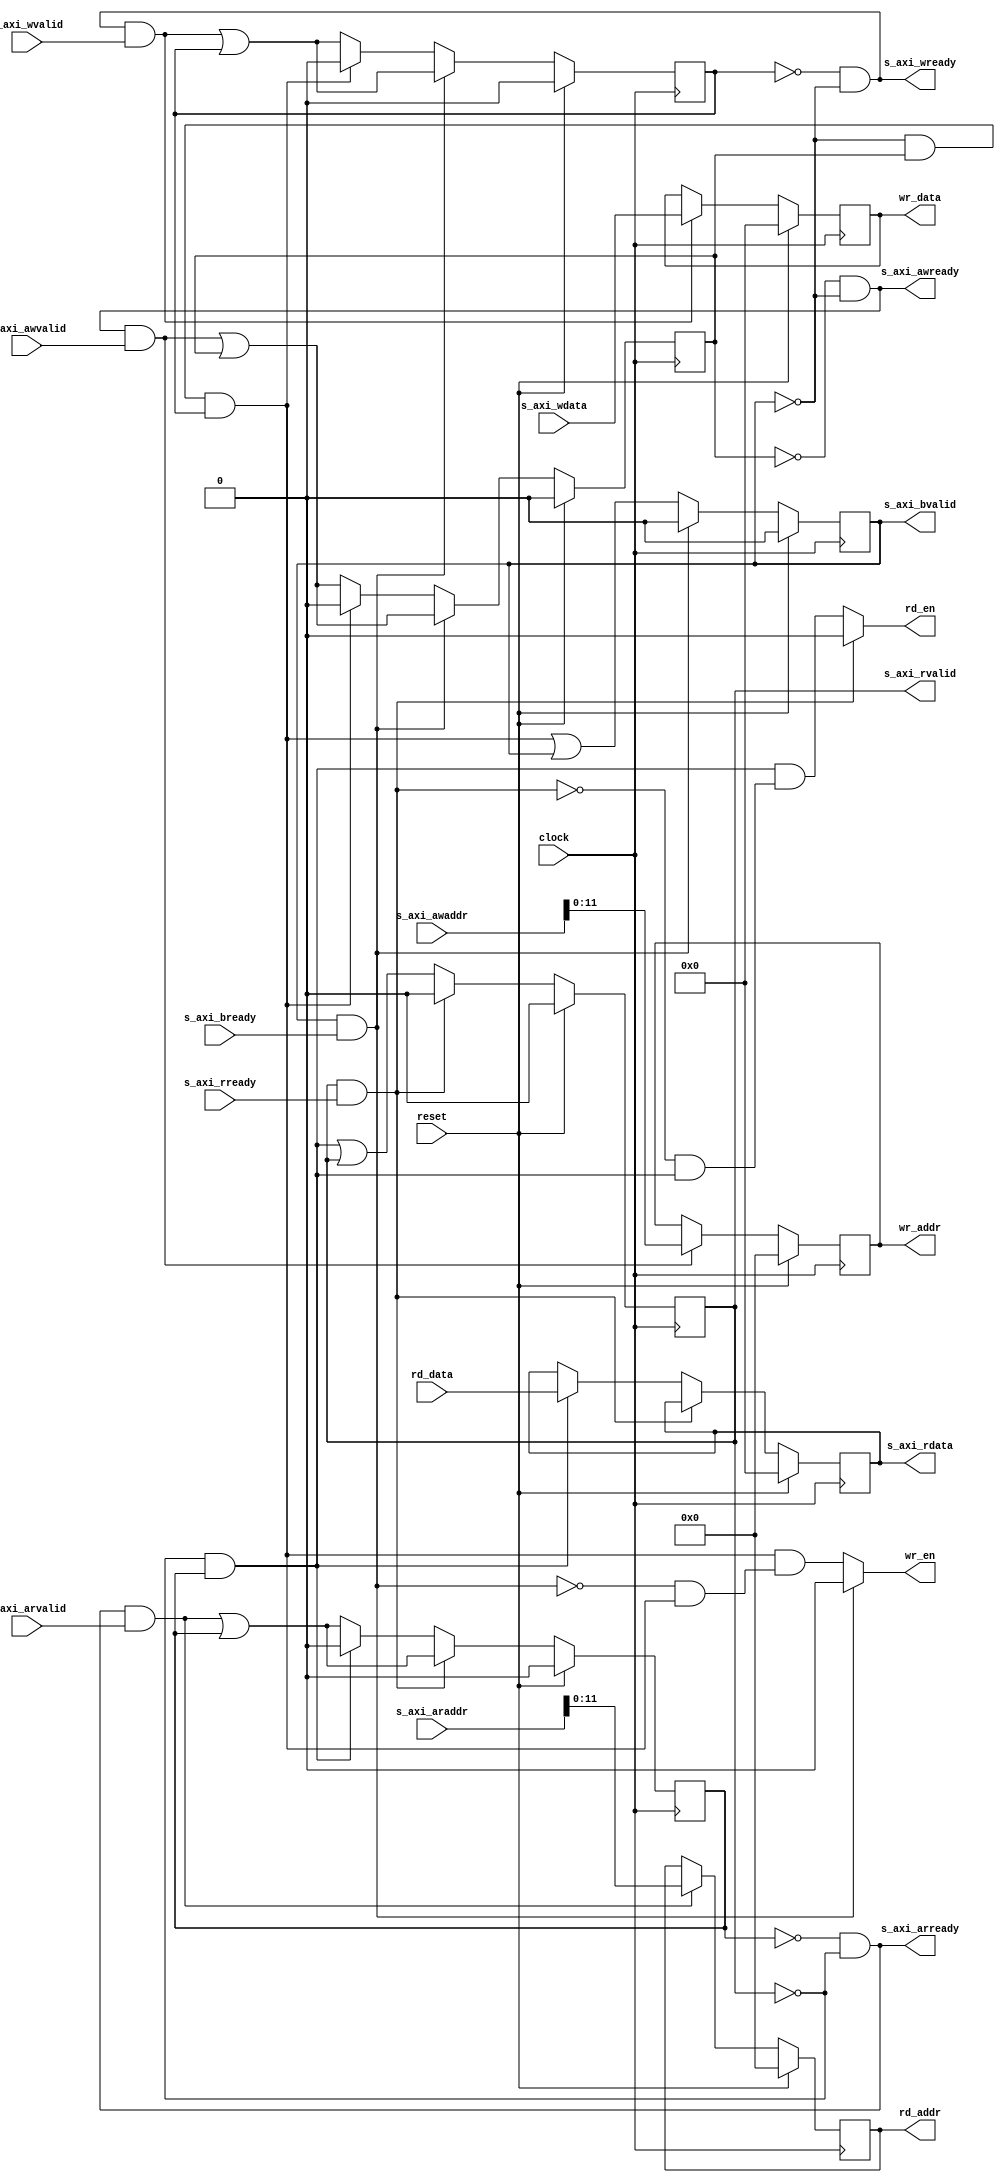
module AxiLiteControl(
  input         clock,
  input         reset,
  input  [31:0] s_axi_araddr,
  input         s_axi_arvalid,
  output        s_axi_arready,
  output [31:0] s_axi_rdata,
  output        s_axi_rvalid,
  input         s_axi_rready,
  input  [31:0] s_axi_awaddr,
  input         s_axi_awvalid,
  output        s_axi_awready,
  input  [31:0] s_axi_wdata,
  input         s_axi_wvalid,
  output        s_axi_wready,
  output        s_axi_bvalid,
  input         s_axi_bready,
  output        wr_en,
  output        rd_en,
  output [11:0] wr_addr,
  output [11:0] rd_addr,
  output [31:0] wr_data,
  input  [31:0] rd_data
);
`ifdef RANDOMIZE_REG_INIT
  reg [31:0] _RAND_0;
  reg [31:0] _RAND_1;
  reg [31:0] _RAND_2;
  reg [31:0] _RAND_3;
  reg [31:0] _RAND_4;
  reg [31:0] _RAND_5;
  reg [31:0] _RAND_6;
  reg [31:0] _RAND_7;
  reg [31:0] _RAND_8;
`endif // RANDOMIZE_REG_INIT
  reg [31:0] rdata; // @[AxiLiteControl.scala 16:22]
  reg  rvalid; // @[AxiLiteControl.scala 18:23]
  reg  bvalid; // @[AxiLiteControl.scala 20:23]
  reg  rd_req; // @[AxiLiteControl.scala 27:23]
  reg  wr_req_0; // @[AxiLiteControl.scala 28:23]
  reg  wr_req_1; // @[AxiLiteControl.scala 28:23]
  reg [11:0] rd_addr_reg; // @[AxiLiteControl.scala 29:28]
  reg [11:0] wr_addr_reg; // @[AxiLiteControl.scala 30:28]
  reg [31:0] wr_data_reg; // @[AxiLiteControl.scala 31:28]
  wire [31:0] _GEN_0 = s_axi_awready & s_axi_awvalid ? s_axi_awaddr : {{20'd0}, wr_addr_reg}; // @[AxiLiteControl.scala 37:41 38:17 30:28]
  wire  _GEN_1 = s_axi_awready & s_axi_awvalid | wr_req_0; // @[AxiLiteControl.scala 37:41 39:15 28:23]
  wire  _GEN_3 = s_axi_wready & s_axi_wvalid | wr_req_1; // @[AxiLiteControl.scala 42:39 44:15 28:23]
  wire  _T_2 = bvalid & s_axi_bready; // @[AxiLiteControl.scala 47:16]
  wire  _T_3 = ~bvalid; // @[AxiLiteControl.scala 49:16]
  wire  _T_5 = ~bvalid & wr_req_0 & wr_req_1; // @[AxiLiteControl.scala 49:37]
  wire  _GEN_4 = ~bvalid & wr_req_0 & wr_req_1 & (~_T_2 & _T_5); // @[AxiLiteControl.scala 49:51 51:11 14:9]
  wire  _GEN_7 = ~bvalid & wr_req_0 & wr_req_1 | bvalid; // @[AxiLiteControl.scala 49:51 55:12 20:23]
  wire [31:0] _GEN_16 = s_axi_arready & s_axi_arvalid ? s_axi_araddr : {{20'd0}, rd_addr_reg}; // @[AxiLiteControl.scala 62:41 63:17 29:28]
  wire  _GEN_17 = s_axi_arready & s_axi_arvalid | rd_req; // @[AxiLiteControl.scala 62:41 64:12 27:23]
  wire  _T_7 = rvalid & s_axi_rready; // @[AxiLiteControl.scala 67:16]
  wire  _T_8 = ~rvalid; // @[AxiLiteControl.scala 69:16]
  wire  _T_9 = ~rvalid & rd_req; // @[AxiLiteControl.scala 69:24]
  wire  _GEN_18 = ~rvalid & rd_req & (~_T_7 & _T_9); // @[AxiLiteControl.scala 69:35 71:11 13:9]
  wire  _GEN_21 = ~rvalid & rd_req | rvalid; // @[AxiLiteControl.scala 69:35 75:12 18:23]
  wire [31:0] _GEN_28 = reset ? 32'h0 : _GEN_16; // @[AxiLiteControl.scala 29:{28,28}]
  wire [31:0] _GEN_29 = reset ? 32'h0 : _GEN_0; // @[AxiLiteControl.scala 30:{28,28}]
  assign s_axi_arready = ~rd_req & _T_8; // @[AxiLiteControl.scala 78:28]
  assign s_axi_rdata = rdata; // @[AxiLiteControl.scala 21:15]
  assign s_axi_rvalid = rvalid; // @[AxiLiteControl.scala 23:16]
  assign s_axi_awready = ~wr_req_0 & _T_3; // @[AxiLiteControl.scala 58:31]
  assign s_axi_wready = ~wr_req_1 & _T_3; // @[AxiLiteControl.scala 59:30]
  assign s_axi_bvalid = bvalid; // @[AxiLiteControl.scala 25:16]
  assign wr_en = bvalid & s_axi_bready ? 1'h0 : _GEN_4; // @[AxiLiteControl.scala 47:33 14:9]
  assign rd_en = rvalid & s_axi_rready ? 1'h0 : _GEN_18; // @[AxiLiteControl.scala 67:33 13:9]
  assign wr_addr = wr_addr_reg; // @[AxiLiteControl.scala 33:11]
  assign rd_addr = rd_addr_reg; // @[AxiLiteControl.scala 32:11]
  assign wr_data = wr_data_reg; // @[AxiLiteControl.scala 34:11 47:33]
  always @(posedge clock) begin
    if (reset) begin // @[AxiLiteControl.scala 16:22]
      rdata <= 32'h0; // @[AxiLiteControl.scala 16:22]
    end else if (!(rvalid & s_axi_rready)) begin // @[AxiLiteControl.scala 67:33]
      if (~rvalid & rd_req) begin // @[AxiLiteControl.scala 69:35]
        rdata <= rd_data; // @[AxiLiteControl.scala 72:11]
      end
    end
    if (reset) begin // @[AxiLiteControl.scala 18:23]
      rvalid <= 1'h0; // @[AxiLiteControl.scala 18:23]
    end else if (rvalid & s_axi_rready) begin // @[AxiLiteControl.scala 67:33]
      rvalid <= 1'h0; // @[AxiLiteControl.scala 68:12]
    end else begin
      rvalid <= _GEN_21;
    end
    if (reset) begin // @[AxiLiteControl.scala 20:23]
      bvalid <= 1'h0; // @[AxiLiteControl.scala 20:23]
    end else if (bvalid & s_axi_bready) begin // @[AxiLiteControl.scala 47:33]
      bvalid <= 1'h0; // @[AxiLiteControl.scala 48:12]
    end else begin
      bvalid <= _GEN_7;
    end
    if (reset) begin // @[AxiLiteControl.scala 27:23]
      rd_req <= 1'h0; // @[AxiLiteControl.scala 27:23]
    end else if (rvalid & s_axi_rready) begin // @[AxiLiteControl.scala 67:33]
      rd_req <= _GEN_17;
    end else if (~rvalid & rd_req) begin // @[AxiLiteControl.scala 69:35]
      rd_req <= 1'h0; // @[AxiLiteControl.scala 76:12]
    end else begin
      rd_req <= _GEN_17;
    end
    if (reset) begin // @[AxiLiteControl.scala 28:23]
      wr_req_0 <= 1'h0; // @[AxiLiteControl.scala 28:23]
    end else if (bvalid & s_axi_bready) begin // @[AxiLiteControl.scala 47:33]
      wr_req_0 <= _GEN_1;
    end else if (~bvalid & wr_req_0 & wr_req_1) begin // @[AxiLiteControl.scala 49:51]
      wr_req_0 <= 1'h0; // @[AxiLiteControl.scala 56:12]
    end else begin
      wr_req_0 <= _GEN_1;
    end
    if (reset) begin // @[AxiLiteControl.scala 28:23]
      wr_req_1 <= 1'h0; // @[AxiLiteControl.scala 28:23]
    end else if (bvalid & s_axi_bready) begin // @[AxiLiteControl.scala 47:33]
      wr_req_1 <= _GEN_3;
    end else if (~bvalid & wr_req_0 & wr_req_1) begin // @[AxiLiteControl.scala 49:51]
      wr_req_1 <= 1'h0; // @[AxiLiteControl.scala 56:12]
    end else begin
      wr_req_1 <= _GEN_3;
    end
    rd_addr_reg <= _GEN_28[11:0]; // @[AxiLiteControl.scala 29:{28,28}]
    wr_addr_reg <= _GEN_29[11:0]; // @[AxiLiteControl.scala 30:{28,28}]
    if (reset) begin // @[AxiLiteControl.scala 31:28]
      wr_data_reg <= 32'h0; // @[AxiLiteControl.scala 31:28]
    end else if (s_axi_wready & s_axi_wvalid) begin // @[AxiLiteControl.scala 42:39]
      wr_data_reg <= s_axi_wdata; // @[AxiLiteControl.scala 43:17]
    end
  end
// Register and memory initialization
`ifdef RANDOMIZE_GARBAGE_ASSIGN
`define RANDOMIZE
`endif
`ifdef RANDOMIZE_INVALID_ASSIGN
`define RANDOMIZE
`endif
`ifdef RANDOMIZE_REG_INIT
`define RANDOMIZE
`endif
`ifdef RANDOMIZE_MEM_INIT
`define RANDOMIZE
`endif
`ifndef RANDOM
`define RANDOM $random
`endif
`ifdef RANDOMIZE_MEM_INIT
  integer initvar;
`endif
`ifndef SYNTHESIS
`ifdef FIRRTL_BEFORE_INITIAL
`FIRRTL_BEFORE_INITIAL
`endif
initial begin
  `ifdef RANDOMIZE
    `ifdef INIT_RANDOM
      `INIT_RANDOM
    `endif
    `ifndef VERILATOR
      `ifdef RANDOMIZE_DELAY
        #`RANDOMIZE_DELAY begin end
      `else
        #0.002 begin end
      `endif
    `endif
`ifdef RANDOMIZE_REG_INIT
  _RAND_0 = {1{`RANDOM}};
  rdata = _RAND_0[31:0];
  _RAND_1 = {1{`RANDOM}};
  rvalid = _RAND_1[0:0];
  _RAND_2 = {1{`RANDOM}};
  bvalid = _RAND_2[0:0];
  _RAND_3 = {1{`RANDOM}};
  rd_req = _RAND_3[0:0];
  _RAND_4 = {1{`RANDOM}};
  wr_req_0 = _RAND_4[0:0];
  _RAND_5 = {1{`RANDOM}};
  wr_req_1 = _RAND_5[0:0];
  _RAND_6 = {1{`RANDOM}};
  rd_addr_reg = _RAND_6[11:0];
  _RAND_7 = {1{`RANDOM}};
  wr_addr_reg = _RAND_7[11:0];
  _RAND_8 = {1{`RANDOM}};
  wr_data_reg = _RAND_8[31:0];
`endif // RANDOMIZE_REG_INIT
  `endif // RANDOMIZE
end // initial
`ifdef FIRRTL_AFTER_INITIAL
`FIRRTL_AFTER_INITIAL
`endif
`endif // SYNTHESIS
endmodule
module AxiLiteSlaveTest(

  (* X_INTERFACE_INFO = "xilinx.com:signal:clock:1.0 clock CLK", X_INTERFACE_PARAMETER = "ASSOCIATED_BUSIF S_AXI_LITE"
     *)
  input         clock,

  (* X_INTERFACE_INFO = "xilinx.com:signal:reset:1.0 reset RST", X_INTERFACE_PARAMETER = "POLARITY ACTIVE_HIGH" *)
  input         reset,

  (* X_INTERFACE_INFO = "xilinx.com:interface:aximm:1.0 S_AXI_LITE ARADDR" *)
  input  [31:0] s_axi_araddr,

  (* X_INTERFACE_INFO = "xilinx.com:interface:aximm:1.0 S_AXI_LITE ARVALID" *)
  input         s_axi_arvalid,

  (* X_INTERFACE_INFO = "xilinx.com:interface:aximm:1.0 S_AXI_LITE ARREADY" *)
  output        s_axi_arready,

  (* X_INTERFACE_INFO = "xilinx.com:interface:aximm:1.0 S_AXI_LITE RDATA" *)
  output [31:0] s_axi_rdata,

  (* X_INTERFACE_INFO = "xilinx.com:interface:aximm:1.0 S_AXI_LITE RRESP" *)
  output [1:0]  s_axi_rresp,

  (* X_INTERFACE_INFO = "xilinx.com:interface:aximm:1.0 S_AXI_LITE RVALID" *)
  output        s_axi_rvalid,

  (* X_INTERFACE_INFO = "xilinx.com:interface:aximm:1.0 S_AXI_LITE RREADY" *)
  input         s_axi_rready,

  (*
    X_INTERFACE_INFO = "xilinx.com:interface:aximm:1.0 S_AXI_LITE AWADDR", X_INTERFACE_PARAMETER = "CLK_DOMAIN clock, ID_WIDTH 0, PROTOCOL AXI4LITE, DATA_WIDTH 32"
     *)
  input  [31:0] s_axi_awaddr,

  (* X_INTERFACE_INFO = "xilinx.com:interface:aximm:1.0 S_AXI_LITE AWVALID" *)
  input         s_axi_awvalid,

  (* X_INTERFACE_INFO = "xilinx.com:interface:aximm:1.0 S_AXI_LITE AWREADY" *)
  output        s_axi_awready,

  (* X_INTERFACE_INFO = "xilinx.com:interface:aximm:1.0 S_AXI_LITE WDATA" *)
  input  [31:0] s_axi_wdata,

  (* X_INTERFACE_INFO = "xilinx.com:interface:aximm:1.0 S_AXI_LITE WVALID" *)
  input         s_axi_wvalid,

  (* X_INTERFACE_INFO = "xilinx.com:interface:aximm:1.0 S_AXI_LITE WREADY" *)
  output        s_axi_wready,

  (* X_INTERFACE_INFO = "xilinx.com:interface:aximm:1.0 S_AXI_LITE BRESP" *)
  output [1:0]  s_axi_bresp,

  (* X_INTERFACE_INFO = "xilinx.com:interface:aximm:1.0 S_AXI_LITE BVALID" *)
  output        s_axi_bvalid,

  (* X_INTERFACE_INFO = "xilinx.com:interface:aximm:1.0 S_AXI_LITE BREADY" *)
  input         s_axi_bready,
  output [7:0]  led,
  input  [7:0]  sw
);
`ifdef RANDOMIZE_REG_INIT
  reg [31:0] _RAND_0;
`endif // RANDOMIZE_REG_INIT
  wire  axi_ctrl_clock; // @[AxiLiteSlaveTest.scala 15:24]
  wire  axi_ctrl_reset; // @[AxiLiteSlaveTest.scala 15:24]
  wire [31:0] axi_ctrl_s_axi_araddr; // @[AxiLiteSlaveTest.scala 15:24]
  wire  axi_ctrl_s_axi_arvalid; // @[AxiLiteSlaveTest.scala 15:24]
  wire  axi_ctrl_s_axi_arready; // @[AxiLiteSlaveTest.scala 15:24]
  wire [31:0] axi_ctrl_s_axi_rdata; // @[AxiLiteSlaveTest.scala 15:24]
  wire  axi_ctrl_s_axi_rvalid; // @[AxiLiteSlaveTest.scala 15:24]
  wire  axi_ctrl_s_axi_rready; // @[AxiLiteSlaveTest.scala 15:24]
  wire [31:0] axi_ctrl_s_axi_awaddr; // @[AxiLiteSlaveTest.scala 15:24]
  wire  axi_ctrl_s_axi_awvalid; // @[AxiLiteSlaveTest.scala 15:24]
  wire  axi_ctrl_s_axi_awready; // @[AxiLiteSlaveTest.scala 15:24]
  wire [31:0] axi_ctrl_s_axi_wdata; // @[AxiLiteSlaveTest.scala 15:24]
  wire  axi_ctrl_s_axi_wvalid; // @[AxiLiteSlaveTest.scala 15:24]
  wire  axi_ctrl_s_axi_wready; // @[AxiLiteSlaveTest.scala 15:24]
  wire  axi_ctrl_s_axi_bvalid; // @[AxiLiteSlaveTest.scala 15:24]
  wire  axi_ctrl_s_axi_bready; // @[AxiLiteSlaveTest.scala 15:24]
  wire  axi_ctrl_wr_en; // @[AxiLiteSlaveTest.scala 15:24]
  wire  axi_ctrl_rd_en; // @[AxiLiteSlaveTest.scala 15:24]
  wire [11:0] axi_ctrl_wr_addr; // @[AxiLiteSlaveTest.scala 15:24]
  wire [11:0] axi_ctrl_rd_addr; // @[AxiLiteSlaveTest.scala 15:24]
  wire [31:0] axi_ctrl_wr_data; // @[AxiLiteSlaveTest.scala 15:24]
  wire [31:0] axi_ctrl_rd_data; // @[AxiLiteSlaveTest.scala 15:24]
  reg [7:0] led_r; // @[AxiLiteSlaveTest.scala 11:22]
  wire [31:0] _GEN_0 = axi_ctrl_wr_addr == 12'h0 ? axi_ctrl_wr_data : {{24'd0}, led_r}; // @[AxiLiteSlaveTest.scala 25:33 26:13 11:22]
  wire [31:0] _GEN_1 = axi_ctrl_wr_en ? _GEN_0 : {{24'd0}, led_r}; // @[AxiLiteSlaveTest.scala 24:16 11:22]
  wire [15:0] _GEN_2 = axi_ctrl_rd_addr == 12'h0 ? {{8'd0}, led_r} : 16'hdead; // @[AxiLiteSlaveTest.scala 30:11 32:33 33:15]
  wire [15:0] _GEN_3 = axi_ctrl_rd_addr == 12'h4 ? {{8'd0}, sw} : _GEN_2; // @[AxiLiteSlaveTest.scala 35:33 36:15]
  wire [15:0] _GEN_4 = axi_ctrl_rd_en ? _GEN_3 : 16'hdead; // @[AxiLiteSlaveTest.scala 30:11 31:16]
  wire [31:0] _GEN_5 = reset ? 32'h0 : _GEN_1; // @[AxiLiteSlaveTest.scala 11:{22,22}]
  AxiLiteControl axi_ctrl ( // @[AxiLiteSlaveTest.scala 15:24]
    .clock(axi_ctrl_clock),
    .reset(axi_ctrl_reset),
    .s_axi_araddr(axi_ctrl_s_axi_araddr),
    .s_axi_arvalid(axi_ctrl_s_axi_arvalid),
    .s_axi_arready(axi_ctrl_s_axi_arready),
    .s_axi_rdata(axi_ctrl_s_axi_rdata),
    .s_axi_rvalid(axi_ctrl_s_axi_rvalid),
    .s_axi_rready(axi_ctrl_s_axi_rready),
    .s_axi_awaddr(axi_ctrl_s_axi_awaddr),
    .s_axi_awvalid(axi_ctrl_s_axi_awvalid),
    .s_axi_awready(axi_ctrl_s_axi_awready),
    .s_axi_wdata(axi_ctrl_s_axi_wdata),
    .s_axi_wvalid(axi_ctrl_s_axi_wvalid),
    .s_axi_wready(axi_ctrl_s_axi_wready),
    .s_axi_bvalid(axi_ctrl_s_axi_bvalid),
    .s_axi_bready(axi_ctrl_s_axi_bready),
    .wr_en(axi_ctrl_wr_en),
    .rd_en(axi_ctrl_rd_en),
    .wr_addr(axi_ctrl_wr_addr),
    .rd_addr(axi_ctrl_rd_addr),
    .wr_data(axi_ctrl_wr_data),
    .rd_data(axi_ctrl_rd_data)
  );
  assign s_axi_arready = axi_ctrl_s_axi_arready; // @[AxiLiteSlaveTest.scala 16:9]
  assign s_axi_rdata = axi_ctrl_s_axi_rdata; // @[AxiLiteSlaveTest.scala 16:9]
  assign s_axi_rresp = 2'h0; // @[AxiLiteSlaveTest.scala 16:9]
  assign s_axi_rvalid = axi_ctrl_s_axi_rvalid; // @[AxiLiteSlaveTest.scala 16:9]
  assign s_axi_awready = axi_ctrl_s_axi_awready; // @[AxiLiteSlaveTest.scala 16:9]
  assign s_axi_wready = axi_ctrl_s_axi_wready; // @[AxiLiteSlaveTest.scala 16:9]
  assign s_axi_bresp = 2'h0; // @[AxiLiteSlaveTest.scala 16:9]
  assign s_axi_bvalid = axi_ctrl_s_axi_bvalid; // @[AxiLiteSlaveTest.scala 16:9]
  assign led = led_r; // @[AxiLiteSlaveTest.scala 12:7]
  assign axi_ctrl_clock = clock;
  assign axi_ctrl_reset = reset;
  assign axi_ctrl_s_axi_araddr = s_axi_araddr; // @[AxiLiteSlaveTest.scala 16:9]
  assign axi_ctrl_s_axi_arvalid = s_axi_arvalid; // @[AxiLiteSlaveTest.scala 16:9]
  assign axi_ctrl_s_axi_rready = s_axi_rready; // @[AxiLiteSlaveTest.scala 16:9]
  assign axi_ctrl_s_axi_awaddr = s_axi_awaddr; // @[AxiLiteSlaveTest.scala 16:9]
  assign axi_ctrl_s_axi_awvalid = s_axi_awvalid; // @[AxiLiteSlaveTest.scala 16:9]
  assign axi_ctrl_s_axi_wdata = s_axi_wdata; // @[AxiLiteSlaveTest.scala 16:9]
  assign axi_ctrl_s_axi_wvalid = s_axi_wvalid; // @[AxiLiteSlaveTest.scala 16:9]
  assign axi_ctrl_s_axi_bready = s_axi_bready; // @[AxiLiteSlaveTest.scala 16:9]
  assign axi_ctrl_rd_data = {{16'd0}, _GEN_4}; // @[AxiLiteSlaveTest.scala 14:21]
  always @(posedge clock) begin
    led_r <= _GEN_5[7:0]; // @[AxiLiteSlaveTest.scala 11:{22,22}]
  end
// Register and memory initialization
`ifdef RANDOMIZE_GARBAGE_ASSIGN
`define RANDOMIZE
`endif
`ifdef RANDOMIZE_INVALID_ASSIGN
`define RANDOMIZE
`endif
`ifdef RANDOMIZE_REG_INIT
`define RANDOMIZE
`endif
`ifdef RANDOMIZE_MEM_INIT
`define RANDOMIZE
`endif
`ifndef RANDOM
`define RANDOM $random
`endif
`ifdef RANDOMIZE_MEM_INIT
  integer initvar;
`endif
`ifndef SYNTHESIS
`ifdef FIRRTL_BEFORE_INITIAL
`FIRRTL_BEFORE_INITIAL
`endif
initial begin
  `ifdef RANDOMIZE
    `ifdef INIT_RANDOM
      `INIT_RANDOM
    `endif
    `ifndef VERILATOR
      `ifdef RANDOMIZE_DELAY
        #`RANDOMIZE_DELAY begin end
      `else
        #0.002 begin end
      `endif
    `endif
`ifdef RANDOMIZE_REG_INIT
  _RAND_0 = {1{`RANDOM}};
  led_r = _RAND_0[7:0];
`endif // RANDOMIZE_REG_INIT
  `endif // RANDOMIZE
end // initial
`ifdef FIRRTL_AFTER_INITIAL
`FIRRTL_AFTER_INITIAL
`endif
`endif // SYNTHESIS
endmodule